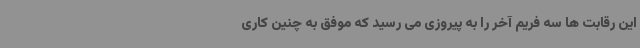
این رقابت ها سه فریم آخر را به پیروزی می رسید که موفق به چنین کاری